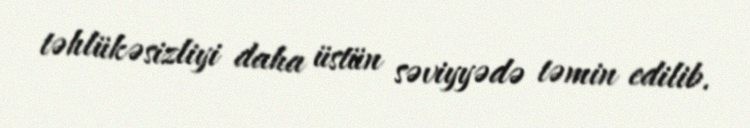
təhlükəsizliyi daha üstün səviyyədə təmin edilib.